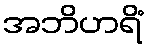
အဘိဟရိံ